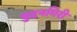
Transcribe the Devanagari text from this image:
बुदनगिरी